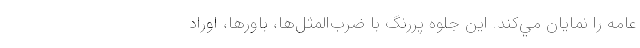
عامه را نمايان مي‌كند. اين جلوه پررنگ با ضرب‌المثل‌ها، باورها، اوراد